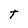
Character: t